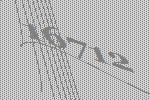
16712